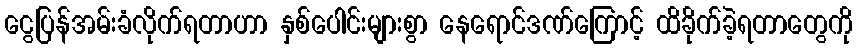
ငွေပြန်အမ်းခံလိုက်ရတာဟာ နှစ်ပေါင်းများစွာ နေရောင်ဒဏ်ကြောင့် ထိခိုက်ခဲ့ရတာတွေကို